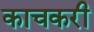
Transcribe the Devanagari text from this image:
काचकरी